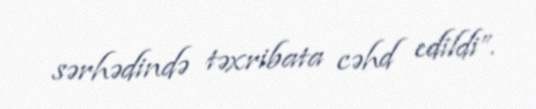
sərhədində təxribata cəhd edildi”.